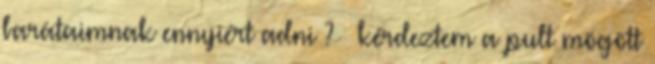
barátaimnak ennyiért adni ? – kérdeztem a pult mögött